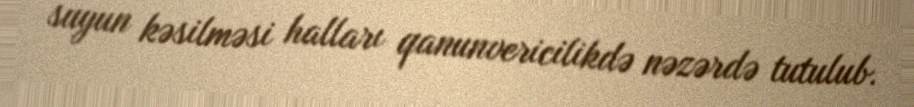
suyun kəsilməsi halları qanunvericilikdə nəzərdə tutulub.